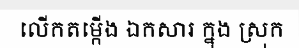
លើកតម្កើង ឯកសារ ក្នុង ស្រុក